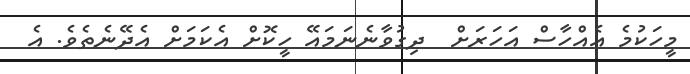
މީހަކުމެ އެއްހާސް އަހަރަށް  ދިގުވާނެނަމައޭ ހީކޮށް އެކަމަށް އެދޭނެތެވެ. އެ